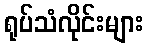
ရုပ်သံလိုင်းများ